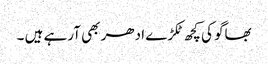
بھاگو کی کچھ ٹکڑے ادھر بھی آرہے ہیں ۔